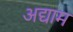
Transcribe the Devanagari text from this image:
अद्याम